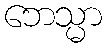
ဘေသ္မာ